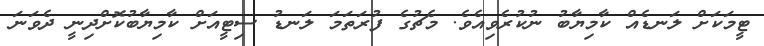
ޓީމަކަށް ލަނޑެއް ކާމިޔާބު ނުކުރެވިއެވެ. މެޗުގެ ފުރަތަމަ ލަނޑު ސިޓީއަށް ކާމިޔާބުކޮށްދިނީ ދެވަނަ